Tezpur Lunatic Asylum reports 1895-1904 - 1895-1904
Year: 1895
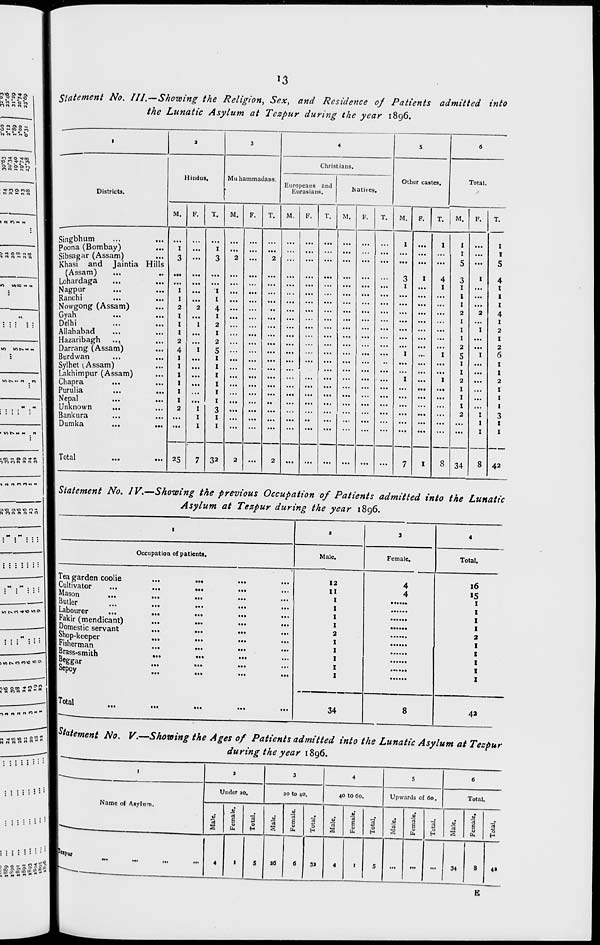
13
r*>«0 & *• Oi
O M Ot O **
o •« co o n
Statement No. III.—Showing the Religion, Sex, and Residence of Patients admitted into
the Lunatic Asylum at Tczpur during the year 1896.
too
•«*• e*5 Oi nco
« tl H () (,
Districts.
I « Pi "< m
Hindus.
Muhammadans.
Christians.
Europeans and
Eurasians.
Natives.
Other castes.
Total.
M.
F.
T.
M.
F.
T.
M.
F.
M.
a n o 00 n 00
i-nnNnn
in
MOO M M
m t»M n n
.00 *« 00*''
1 n o e* n n n
tnnflNHi
Singbhum
...
...
poona (Bombay)
Sibsagar (Assam)
Khasi and Jaintia Hills
(Assam)
Lohardaga
NagP ur
•••
•••
Ranchi
Nowgong (Assam)
Gyah
•••
•••
Delhi
Allahabad
Hazaribagh ..,
Darrang (Assam)
Burdwan
Sylhet {Assam)
Lakhimpur (Assam)
Chapra
Purulia
Nepal
Unknown
Bankura
Dumka
Total
I
1
if OB nNMfl
I
I
2
I
I
I
25
I
4
1
2
1
2
5
1
1
1
1
1
1
3
1
1
2
32
T.
M.
M.
4
I
I
I
5
3
1
1
1
2
1
1
1
2
5
1
1
2
1
1
t
2
34
1
1
5
4
t
1
1
4
1
2
I
2
6
1
1
2
1
1
1
3
1
I
42
\Statement No. IV.—Showing the previous Occupation of Patients admitted into the Lunatic
Asylum at Tezpur during the year 1896.
1
J
3
4
I
Occupation of patients.
Male.
Female.
Total.
1 Tea garden coolie
...
...
...
1 Cultivator
...
...
...
■ ividson
•••
•••
•••
•••
•••
■ ijuiicr
•««
•••
•••
•••
•••
■ Labourer
...
...
...
...
1 Fakir (mendicant)
...
...
1 Domestic servant
■ Shop-keeper
■ Fisherman
■ Brass-smith
■ „°£6 ar
...
...
...
•••
■ be Poy
12
II
I
I
I
I
2
I
I
I
I
I
4
4
16
15
I
I
I
I
2
I
I
I
I
I
■Total ■ "'
...
...
...
...
...
34
8
42
n n rt « n n
{Statement No. V.—Showing the Ages of Patients admitted into the Lunatic Asylum at Tezp
during the year 1896.
ur
10.0 -as*.?*
■ <*> 2- & S 00 <n **
j ce a- <g <~ >£ „ -
I
3
3
4
5
6
Under 10.
20 to 40.
40 to 60.
Upwards of 60.
Total.
Name of Asylum.
V
rt
§
3 0
H
u
rt
2
jl
■a
a 0
tL,
3* 0
H
s
■3
i 3 0
H
rt
H
a 0
to
3
rt
s
■a
S
u
73
0
H
Pupur
M.
...
,„
,,,
4
1
5
30
6
33
4
I
5
...
...
...
34
8
4»
E